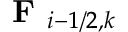
\textbf { F } _ { i - 1 / 2 , k }